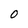
Character: O